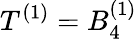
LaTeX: T^{(1)}=B_{4}^{(1)}